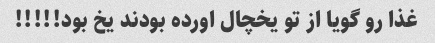
غذا رو گویا از تو یخچال اورده بودند یخ بود!!!!!